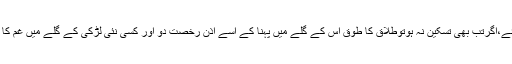
اس کی ذات ذرہ بے نشاں بن جائے،اگرتب بھی تسکین نہ ہوتوطلاق کا طوق اس کے گلے میں پہنا کے اسے اذن رخصت دو اور کسی نئی لڑکی کے گلے میں غم کا طوق پہنانے کی مہم پہ چل پڑو۔